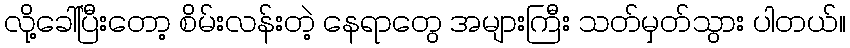
လို့ခေါ်ပြီးတော့ စိမ်းလန်းတဲ့ နေရာတွေ အများကြီး သတ်မှတ်သွား ပါတယ်။